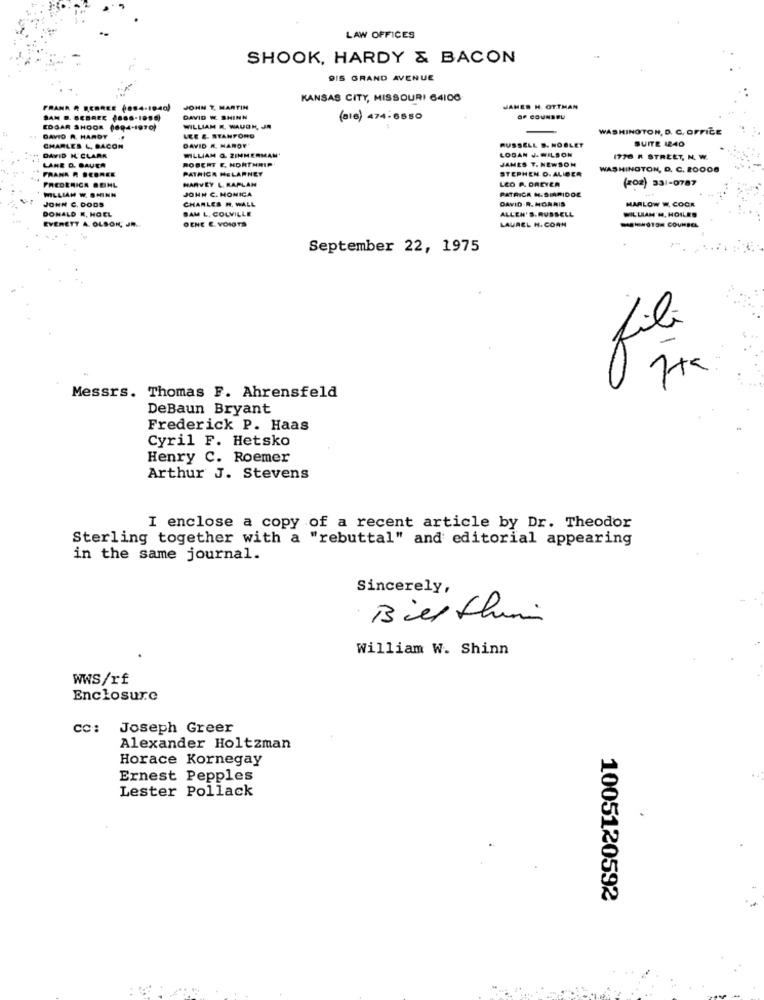
LAW OFFICES
SHOOK, HARDY & BACON
9IS GRAND AVENUE
KANSAS CITY, MISSOURI 64100
FRANA # SCOREE (8.4-1940)
JOHN T. MARTIN
JAMES H. OTTMAN
SAN B. GEBREE ( .... 1955,
DAVID W. SHINN
(816) 474-6850
EDGAR SHOOK (694-1970)
WILLIAM K. WAUGH, JR
WASHINGTON, D. C. OFFICE
DAVID R. HARDY
LEE & STANFORD
RUSSELL S. NOBLET
SUITE 1240
CHARLES L, BACON
DAVID R. HARDY
LOGAN J.WILSON
DAVID M' CLARA
WILLIAM Q. ZIMMERMAN'
JAMES T. NEWSOM
1776 K STREET, N. W.
LANE O. BAUER
FRANK R BEDREE
ROBERT E, NORTHAIP'
PATRICA MELARNEY
STEPHEN O. ALIBER
WASHINGTON, D. C. 20008
HARVEY L. KAPLAN
LEO P. DREYER
(202) 331-0787
FREDERICA BEHL
WILLIAM W. SHINN
JOHN C. MONICA
PATRICK N.SIARIDOE
JOHN C. DODS
CHARLES H. WALL
DAVID .R. MORRIS
MARLOW W. COCK
DONALD K. HOEL
BAM L. COLVILLE
ALLEN'S.RUSSELL
WILLIAM '. HOILES
EVERETT A. OLSOK, JR.
LAUREL H. CORN
OENE E. VOIGTS
September 22, 1975
fili
4
Messrs. Thomas F. Ahrensfeld
DeBaun Bryant
Frederick P. Haas
Cyril F. Hetsko
Henry C. Roemer
Arthur J. Stevens
I enclose a copy of a recent article by Dr. Theodor
Sterling together with a "rebuttal" and editorial appearing
in the same journal.
Sincerely,
Bill them
William W. Shinn
WWS/rf
Enclosure
cc: Joseph Greer
Alexander Holtzman
Horace Kornegay
Ernest Pepples
Lester Pollack
1005120592